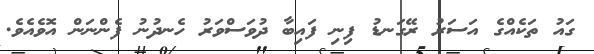
ގައު ތަކެއްގެ އަސަރު ރޭގަނޑު ފިނި ފައިބާ ދުވަސްވަރު ހެނދުނު ފެންނަން އޮވެއެވެ.